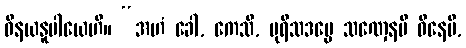
ဝိနယနူပါယေဟိ။ “အဟံ ခေါ, ကေသိ, ပုရိသဒမ္မေ သဏှေနပိ ဝိနေမိ,